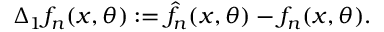
\Delta _ { 1 } f _ { n } ( x , \theta ) : = \hat { f } _ { n } ( x , \theta ) - f _ { n } ( x , \theta ) .